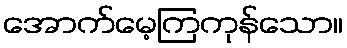
အောက်မေ့ကြကုန်သော။